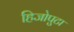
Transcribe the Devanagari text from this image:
हिजोपुटा